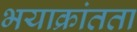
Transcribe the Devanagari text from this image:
भयाक्रांतता